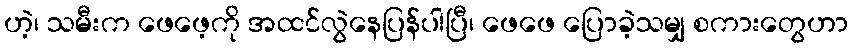
ဟဲ့၊ သမီးက ဖေဖေ့ကို အထင်လွဲနေပြန်ပါပြီ၊ ဖေဖေ ပြောခဲ့သမျှ စကားတွေဟာ